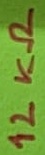
Text: 12KΩ